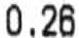
0.26